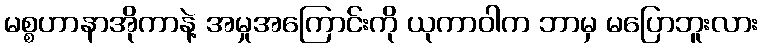
မစ္စဟာနာအိုကာနဲ့ အမှုအကြောင်းကို ယုကာဝါက ဘာမှ မပြောဘူးလား